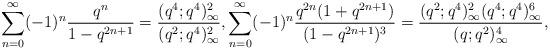
LaTeX: \begin{align*}\sum_{n=0}^{\infty}(-1)^n\dfrac{q^n}{1-q^{2n+1}}= \dfrac{(q^4;q^4)_\infty^2}{(q^2;q^4)_\infty^2}, \sum_{n=0}^{\infty} (-1)^n\dfrac{q^{2n}(1+q^{2n+1})}{(1-q^{2n+1})^3} =\dfrac{(q^2;q^4)_\infty^2(q^4;q^4)_\infty^6}{(q;q^2)_\infty^4},\end{align*}